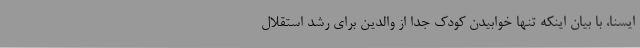
ایسنا، با بیان اینکه تنها خوابیدن کودک جدا از والدین برای رشد استقلال